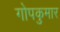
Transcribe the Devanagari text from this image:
गोपकुमार